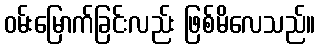
ဝမ်းမြောက်ခြင်းလည်း ဖြစ်မိလေသည်။